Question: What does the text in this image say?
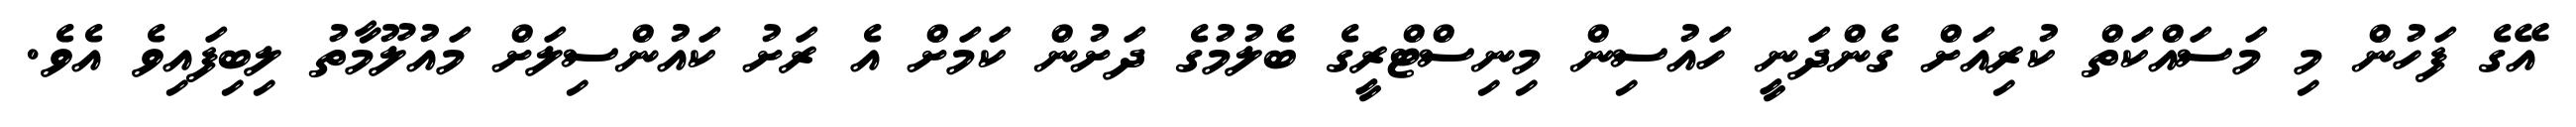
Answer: އޭގެ ފަހުން މި މަސައްކަތް ކުރިއަށް ގެންދަނީ ހައުސިން މިނިސްޓްރީގެ ބެލުމުގެ ދަށުން ކަމަށް އެ ރަށު ކައުންސިލަށް މައުލޫމާތު ލިބިފައިވެ އެވެ.